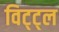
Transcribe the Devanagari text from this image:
विट्ट्ल